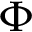
\Phi